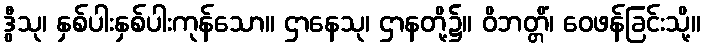
ဒွီသု၊ နှစ်ပါးနှစ်ပါးကုန်သော။ ဌာနေသု၊ ဌာနတို့၌။ ဝိဘတ္တိံ၊ ဝေဖန်ခြင်းသို့။